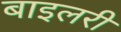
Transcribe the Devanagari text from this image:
बाइलरी